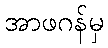
အာဖဂန်မှ